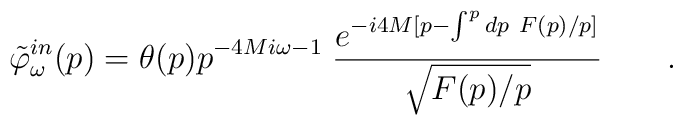
\tilde \varphi_\omega^{in} (p) = \theta (p)  p^{- 4 M i \omega-1} \; {e^{-i 4M  [ p - \int^p d p \ F (p)  / p ]} \over \sqrt { F (p)  / p }} \qquad .